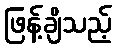
ဖြန့်ချိသည့်